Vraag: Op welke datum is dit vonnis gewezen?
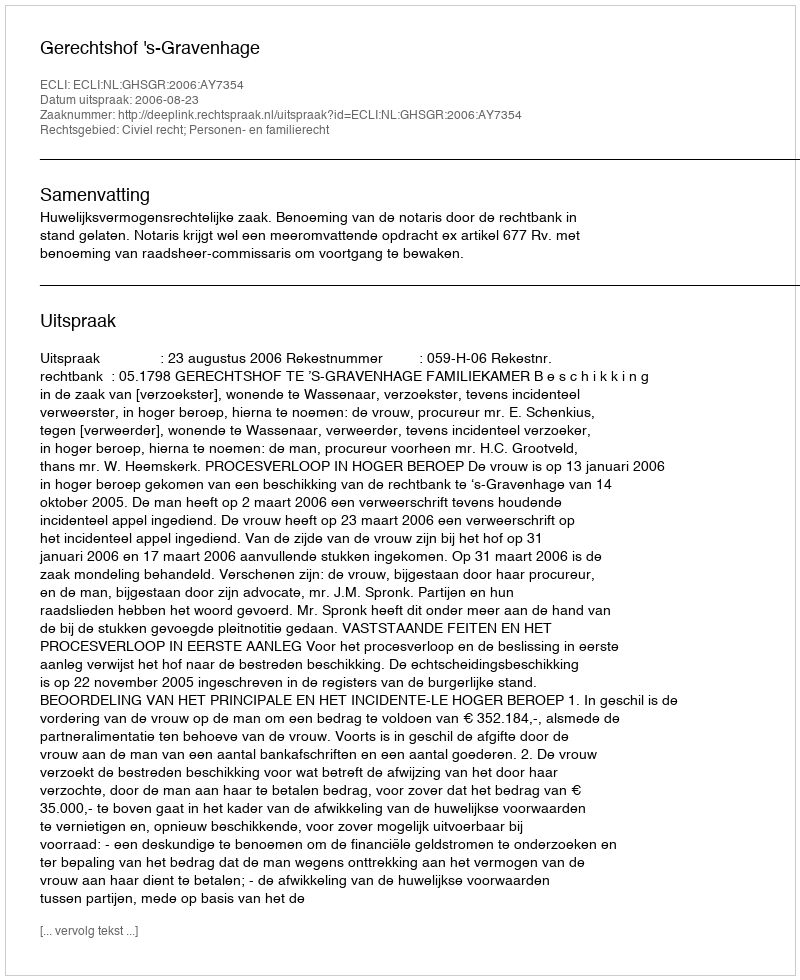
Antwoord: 2006-08-23